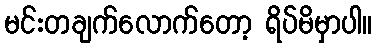
မင်းတချက်လောက်တော့ ရိပ်မိမှာပါ။